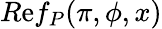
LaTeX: R\mathrm{e}f_{P}(\pi,\phi,x)